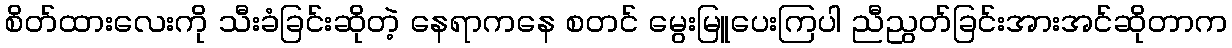
စိတ်ထားလေးကို သီးခံခြင်းဆိုတဲ့ နေရာကနေ စတင် မွေးမြူပေးကြပါ ညီညွတ်ခြင်းအားအင်ဆိုတာက